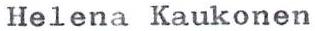
Helena Kaukonen